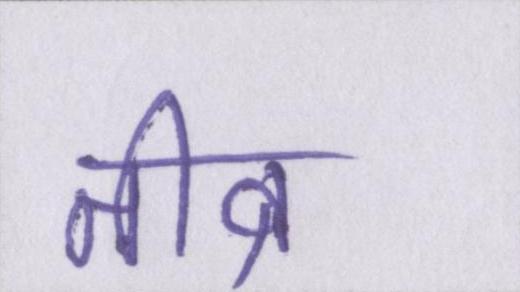
तीव्र